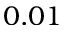
0 . 0 1